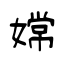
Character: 嫦